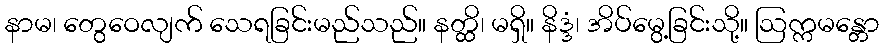
နာမ၊ တွေဝေလျက် သေရခြင်းမည်သည်။ နတ္ထိ၊ မရှိ။ နိဒ္ဒံ၊ အိပ်မွေ့ခြင်းသို့။ ဩက္ကမန္တော